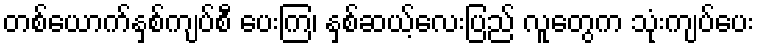
တစ်ယောက်နှစ်ကျပ်စီ ပေးကြ၊ နှစ်ဆယ့်လေးပြည် လူတွေက သုံးကျပ်ပေး